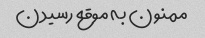
ممنون به موقع رسیدن